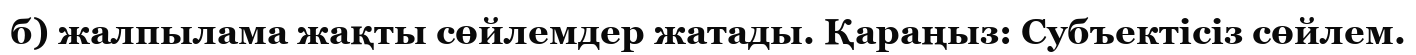
б) жалпылама жақты сөйлемдер жатады. Қараңыз: Субъектісіз сөйлем.